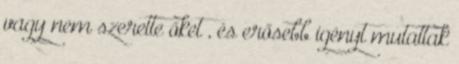
vagy nem szerette őket , és erősebb igényt mutattak